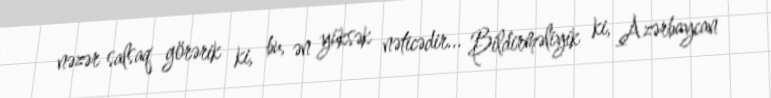
nəzər salsaq görərik ki, bu, ən yüksək nəticədir... Bildirməliyik ki, Azərbaycan